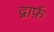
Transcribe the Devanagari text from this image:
द्वार्फ़